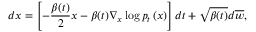
d \boldsymbol { x } = \left[ - \frac { \beta ( t ) } { 2 } \boldsymbol { x } - \beta ( t ) \nabla _ { \boldsymbol { x } } \log p _ { t } \left( \boldsymbol { x } \right) \right] d t + \sqrt { \beta ( t ) } d \overline { { \boldsymbol { w } } } ,